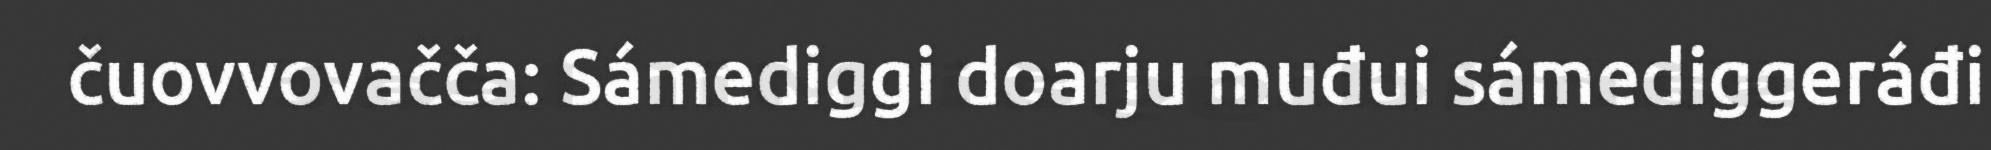
čuovvovačča: Sámediggi doarju muđui sámediggeráđi